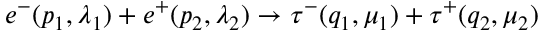
e ^ { - } ( p _ { 1 } , \lambda _ { 1 } ) + e ^ { + } ( p _ { 2 } , \lambda _ { 2 } ) \to \tau ^ { - } ( q _ { 1 } , \mu _ { 1 } ) + \tau ^ { + } ( q _ { 2 } , \mu _ { 2 } )